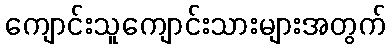
ကျောင်းသူကျောင်းသားများအတွက်